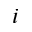
i